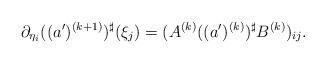
LaTeX: \begin{align*} \partial_{\eta_i}((a')^{(k+1)})^\sharp(\xi_j) = (A^{(k)} ((a')^{(k)})^\sharp B^{(k)})_{ij}.\end{align*}